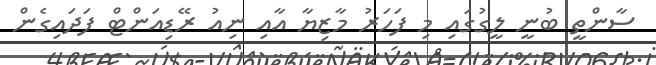
ސާންތީ ބުނީ ލީގުގައި މި ފަހަރު މާޒިޔާ އާއި ނިއު ރޭޑިއަންޓް ފަދައިގެން